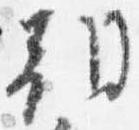
朝